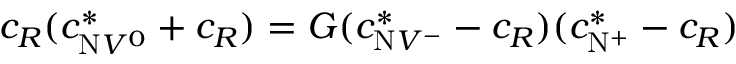
c _ { R } ( c _ { \mathrm { N } V ^ { 0 } } ^ { * } + c _ { R } ) = G ( c _ { \mathrm { N } V ^ { - } } ^ { * } - c _ { R } ) ( c _ { \mathrm { N } ^ { + } } ^ { * } - c _ { R } )